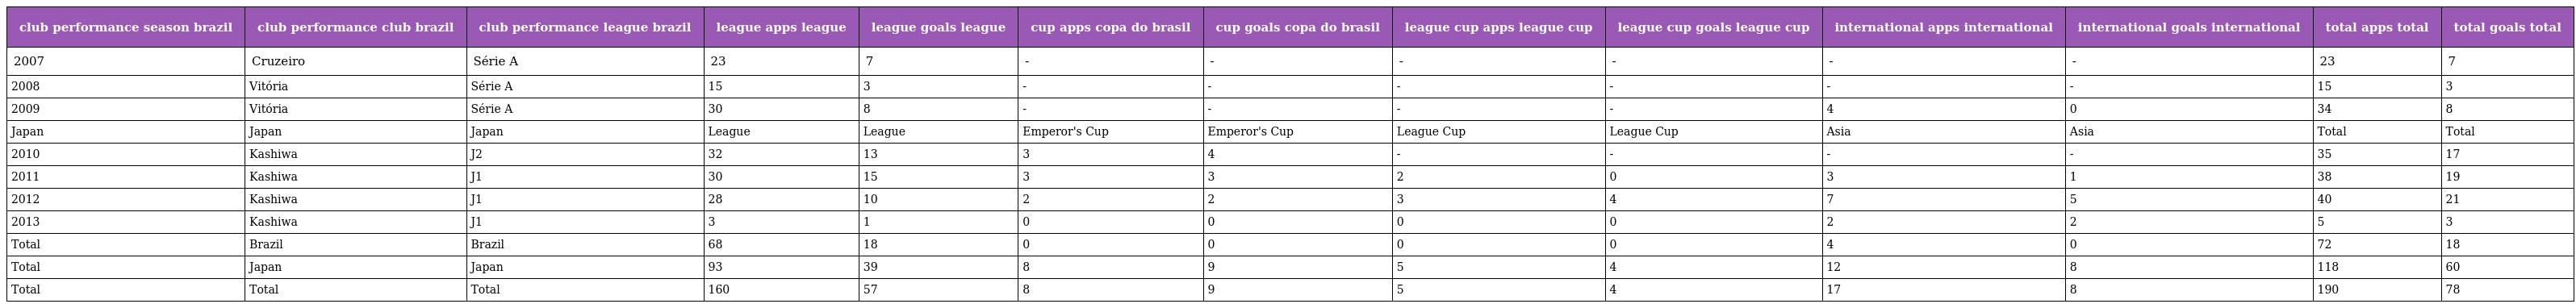
| club performance season brazil | club performance club brazil | club performance league brazil | league apps league | league goals league | cup apps copa do brasil | cup goals copa do brasil | league cup apps league cup | league cup goals league cup | international apps international | international goals international | total apps total | total goals total |
 | --- | --- | --- | --- | --- | --- | --- | --- | --- | --- | --- | --- | --- |
 | 2007 | Cruzeiro | Série A | 23 | 7 | - | - | - | - | - | - | 23 | 7 |
 | 2008 | Vitória | Série A | 15 | 3 | - | - | - | - | - | - | 15 | 3 |
 | 2009 | Vitória | Série A | 30 | 8 | - | - | - | - | 4 | 0 | 34 | 8 |
 | Japan | Japan | Japan | League | League | Emperor's Cup | Emperor's Cup | League Cup | League Cup | Asia | Asia | Total | Total |
 | 2010 | Kashiwa | J2 | 32 | 13 | 3 | 4 | - | - | - | - | 35 | 17 |
 | 2011 | Kashiwa | J1 | 30 | 15 | 3 | 3 | 2 | 0 | 3 | 1 | 38 | 19 |
 | 2012 | Kashiwa | J1 | 28 | 10 | 2 | 2 | 3 | 4 | 7 | 5 | 40 | 21 |
 | 2013 | Kashiwa | J1 | 3 | 1 | 0 | 0 | 0 | 0 | 2 | 2 | 5 | 3 |
 | Total | Brazil | Brazil | 68 | 18 | 0 | 0 | 0 | 0 | 4 | 0 | 72 | 18 |
 | Total | Japan | Japan | 93 | 39 | 8 | 9 | 5 | 4 | 12 | 8 | 118 | 60 |
 | Total | Total | Total | 160 | 57 | 8 | 9 | 5 | 4 | 17 | 8 | 190 | 78 |